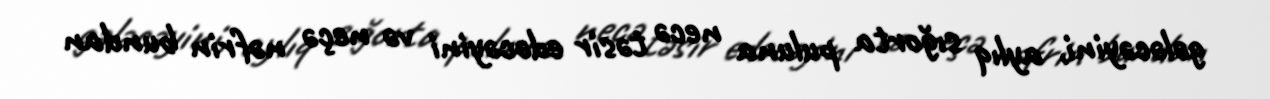
gələcəyini, aylıq sığorta puluna necə təsir edəcəyini və neçə nəfrin bundan